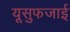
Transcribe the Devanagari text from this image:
यूसुफजाई